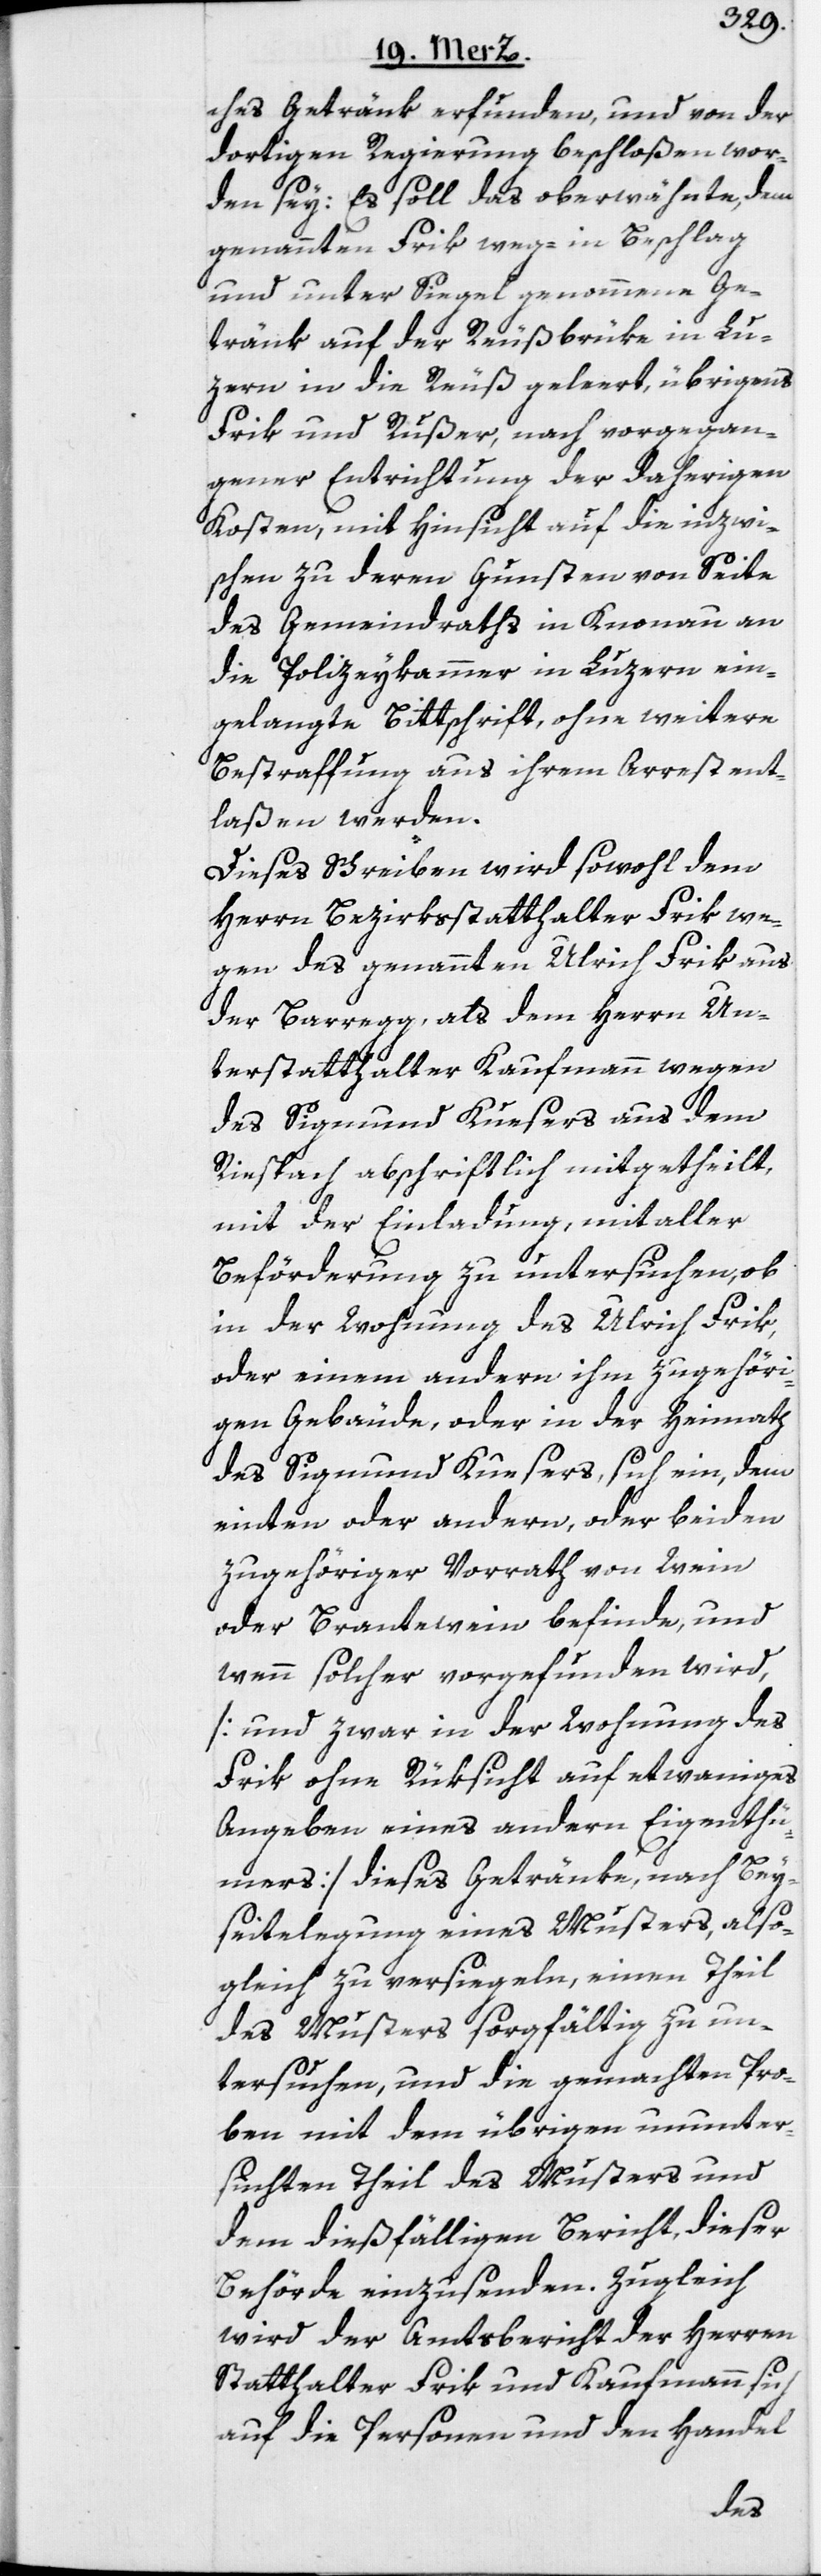
ches Getränk erfunden, und von der
dortigen Regierung beschloßen wor¬
den sey: Es soll das oberwähnte, dem
genannten Frik weg- in Beschlag
und unter Siegel genommene Ge¬
tränk auf der Reußbrüke in Lu¬
zern in die Reuß geleert, übrigens
Frik und Rußer, nach vorgegan¬
gener Entrichtung der daherigen
Kosten, mit Hinsicht auf die inzwi¬
schen zu deren Gunsten von Seite
des Gemeindraths in Knonau an
die Polizeykammer in Luzern ein¬
gelangte Bittschrift, ohne weitere
Bestraffung aus ihrem Arrest ent¬
laßen werden.
Dieses Schreiben wird sowohl dem
Herrn Bezirksstatthalter Frik we¬
gen des genannten Ulrich Frik aus
der Barregg, als dem Herrn Un¬
terstatthalter Kaufmann wegen
des Sigmund Kuesers aus dem
Riespach abschriftlich mitgetheilt,
mit der Einladung, mit aller
Beförderung zu untersuchen, ob
in der Wohnung des Ulrich Frik,
oder einem andern ihm zugehöri¬
gen Gebäude, oder in der Heimath
des Sigmund Kuesers, sich ein, dem
einten oder andern, oder beiden
zugehöriger Vorrath von Wein
oder Brantewein befinde, und
wenn solcher vorgefunden wird,
[und zwar in der Wohnung des
Frik ohne Rüksicht auf etwaniges
Angeben eines andern Eigentü¬
mers] dieses Getränke, nach Bey¬
seitelegung eines Musters, also¬
gleich zu versiegeln, einen Theil
des Musters sorgfältig zu un¬
tersuchen, und die gemachten Pro¬
ben mit dem übrigen ununter¬
suchten Theil des Musters und
dem dießfälligen Bericht, dieser
Behörde einzusenden. Zugleich
wird der Amtsbericht der Herren
Statthalter Frik und Kaufmann sich
auf die Personen und den Handel